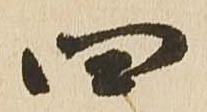
四